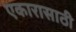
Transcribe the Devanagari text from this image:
एकारासाठी